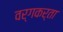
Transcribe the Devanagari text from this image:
वर्गकर्ता